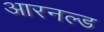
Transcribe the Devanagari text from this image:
आरनल्‍ड